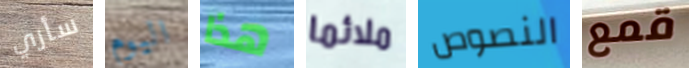
سأري اليوم هذا ملائما النصوص قمع